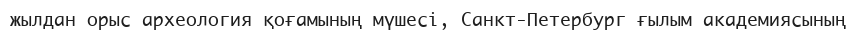
жылдан орыс археология қоғамының мүшесі, Санкт-Петербург ғылым академиясының